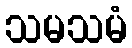
သမသမံ